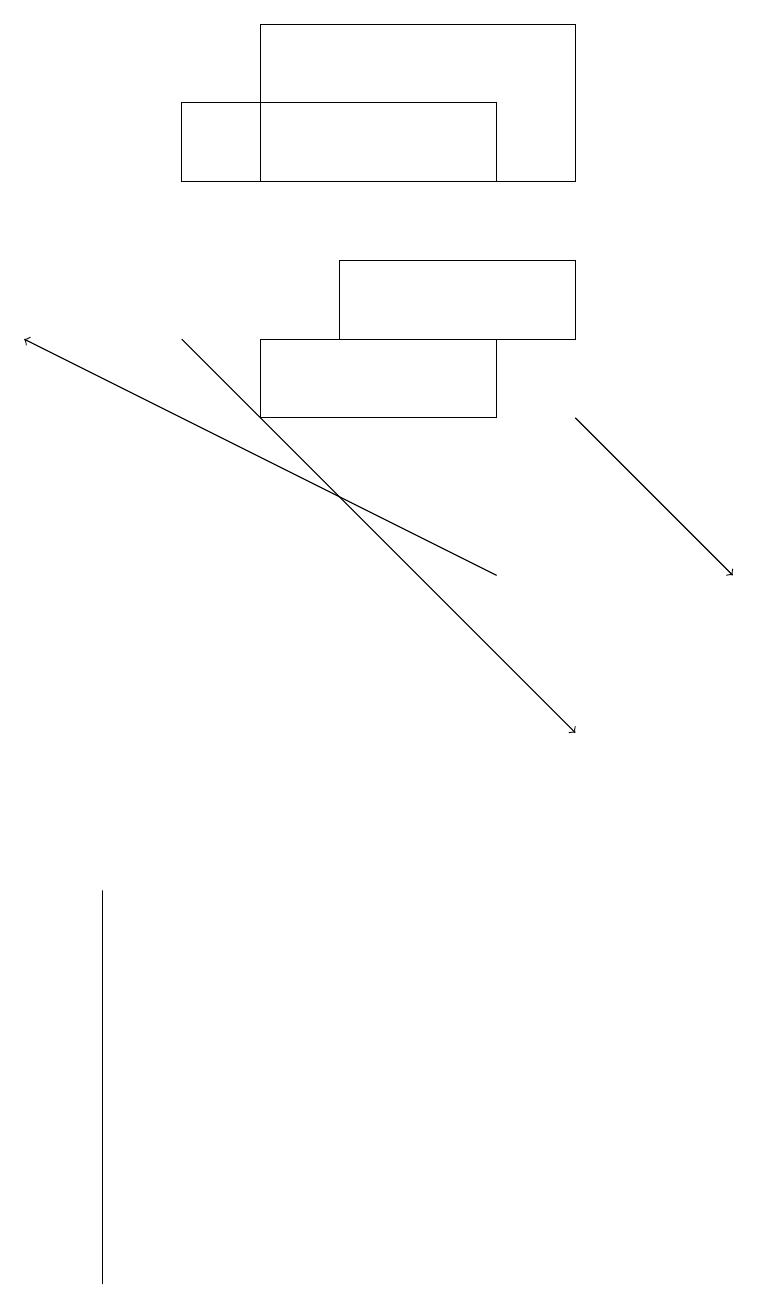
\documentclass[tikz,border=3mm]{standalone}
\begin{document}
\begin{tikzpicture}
\draw (1,8) -- (1,7) -- (1,3) -- cycle;
\draw[->] (7,14) -- (9,12);
\draw (4,16) rectangle (7,15);
\draw (3,19) rectangle (7,17);
\draw[->] (2,15) -- (7,10);
\draw (6,18) rectangle (2,17);
\draw (3,14) rectangle (6,15);
\draw[->] (6,12) -- (0,15);
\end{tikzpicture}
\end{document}